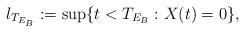
LaTeX: \begin{align*}l_{T_{E_B}} :=\sup\{t< T_{E_B}: X(t)=0\}, \end{align*}